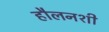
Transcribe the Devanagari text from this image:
हौलनशी